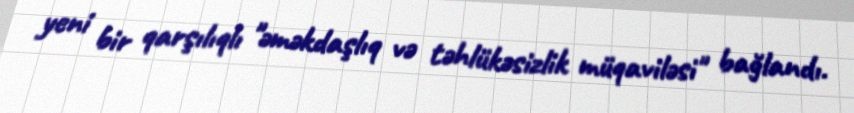
yeni bir qarşılıqlı "əməkdaşlıq və təhlükəsizlik müqaviləsi" bağlandı.